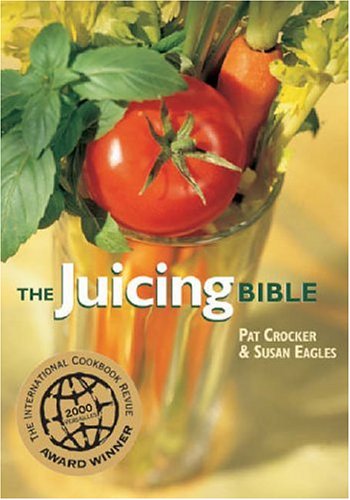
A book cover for The Juicing Bible; Pat Crocker; Cookbooks, Food & Wine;